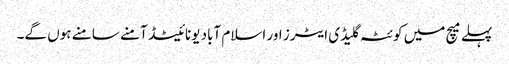
پہلے میچ میں کوئٹہ گلیڈی ایٹرز اور اسلام آباد یونائیٹڈ آمنے سامنے ہوں گے۔